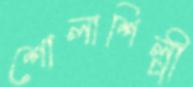
শোলাশিল্পী